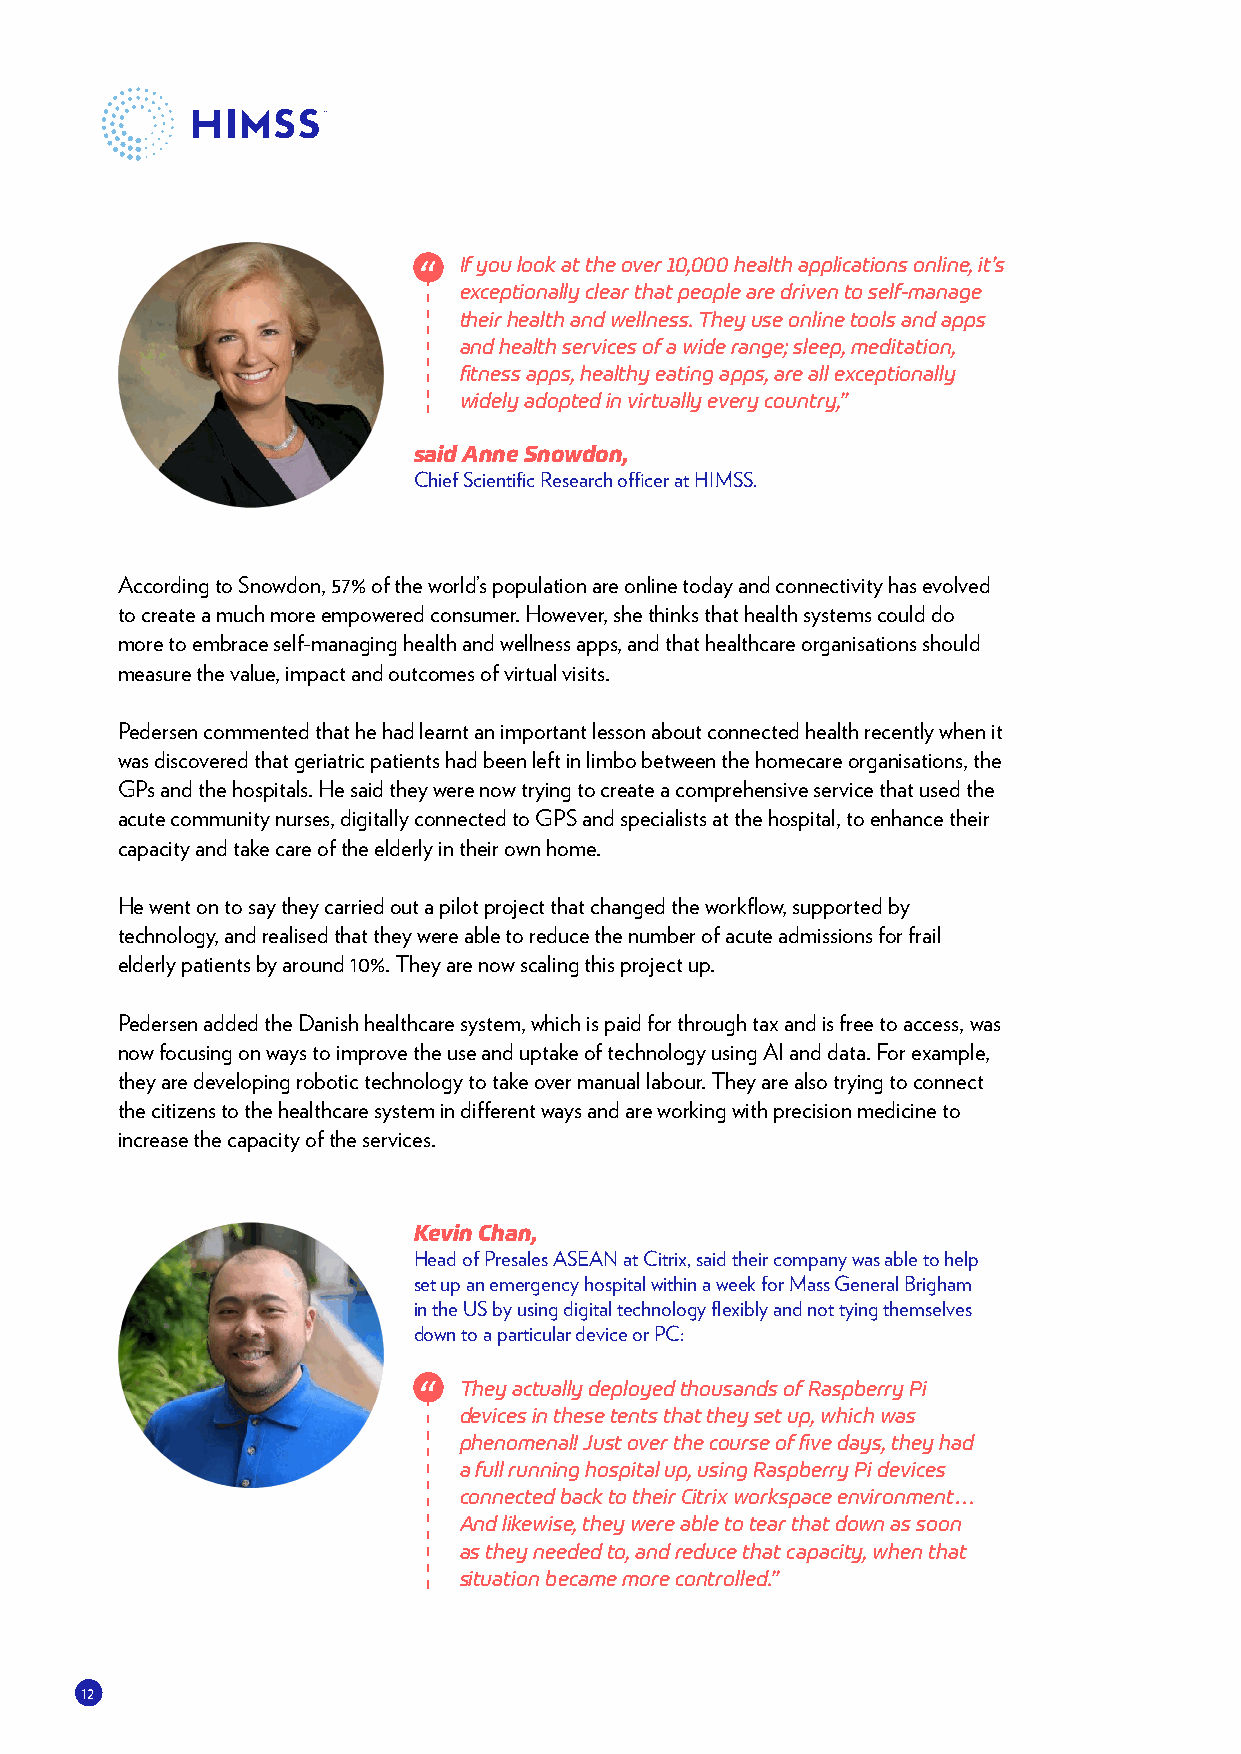
If you look at the over 10,000 health applications online, it’s
 exceptionally clear that people are driven to self-manage
 their health and wellness. They use online tools and apps
 and health services of a wide range; sleep, meditation,
 fitness apps, healthy eating apps, are all exceptionally
 widely adopted in virtually every country,”
 said Anne Snowdon,
 Chief Scientific Research officer at HIMSS.
 According to Snowdon, 57% of the world’s population are online today and connectivity has evolved
 to create a much more empowered consumer. However, she thinks that health systems could do
 more to embrace self-managing health and wellness apps, and that healthcare organisations should
 measure the value, impact and outcomes of virtual visits.
 Pedersen commented that he had learnt an important lesson about connected health recently when it
 was discovered that geriatric patients had been left in limbo between the homecare organisations, the
 GPs and the hospitals. He said they were now trying to create a comprehensive service that used the
 acute community nurses, digitally connected to GPS and specialists at the hospital, to enhance their
 capacity and take care of the elderly in their own home.
 He went on to say they carried out a pilot project that changed the workflow, supported by
 technology, and realised that they were able to reduce the number of acute admissions for frail
 elderly patients by around 10%. They are now scaling this project up.
 Pedersen added the Danish healthcare system, which is paid for through tax and is free to access, was
 now focusing on ways to improve the use and uptake of technology using AI and data. For example,
 they are developing robotic technology to take over manual labour. They are also trying to connect
 the citizens to the healthcare system in different ways and are working with precision medicine to
 increase the capacity of the services.
 Kevin Chan,
 Head of Presales ASEAN at Citrix, said their company was able to help
 set up an emergency hospital within a week for Mass General Brigham
 in the US by using digital technology flexibly and not tying themselves
 down to a particular device or PC:
 They actually deployed thousands of Raspberry Pi
 devices in these tents that they set up, which was
 phenomenal! Just over the course of five days, they had
 a full running hospital up, using Raspberry Pi devices
 connected back to their Citrix workspace environment…
 And likewise, they were able to tear that down as soon
 as they needed to, and reduce that capacity, when that
 situation became more controlled.”
 12